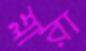
শ্লারা